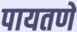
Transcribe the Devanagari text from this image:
पायतणे